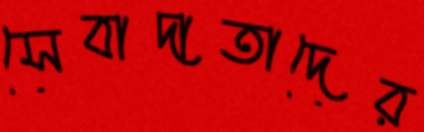
সেবাদাতাদের